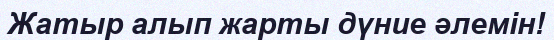
Жатыр алып жарты дүние әлемін!